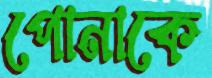
পোনাকে